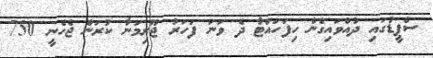
ސްޕީޑުގައި ދުއްވައިގެން ހިފަހައްޓާ ދެ ވަނަ ފަހަރު ޖޫރިމަނާ ކުރަން ޖެހެނީ 750